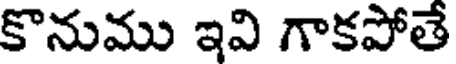
కొనుము ఇవి గాకపోతే